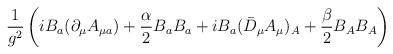
LaTeX: \begin{align*}\frac{1}{g^2}\left(iB_a(\partial_\mu A_{\mu a})+\frac{\alpha}{2}B_a B_a +iB_a(\bar{D}_\mu A_\mu)_A+\frac{\beta}{2}B_A B_A\right)\end{align*}